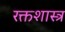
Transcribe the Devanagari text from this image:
रक्तशास्त्र